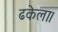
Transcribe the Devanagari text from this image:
ढकेला।